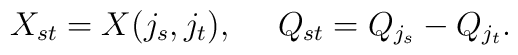
X_{st} = X(j_s, j_t), \ \ \ \ Q_{st} = Q_{j_s}-Q_{j_t}.